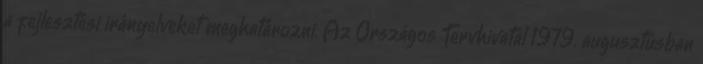
a fejlesztési irányelveket meghatározni. Az Országos Tervhivatal 1979. augusztusban